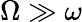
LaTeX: \Omega\gg\omega